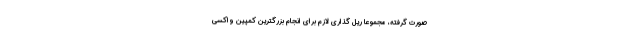
صورت گرفته، مجموعا ریل گذاری لازم برای انجام بزرگترین کمپین واکسی